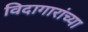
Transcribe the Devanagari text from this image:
विदागारांच्या